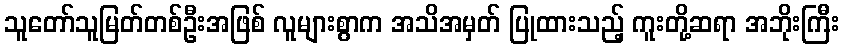
သူတော်သူမြတ်တစ်ဦးအဖြစ် လူများစွာက အသိအမှတ် ပြုထားသည့် ကူးတို့ဆရာ အဘိုးကြီး